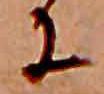
に